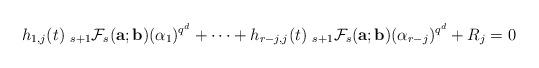
LaTeX: \begin{align*}h_{1,j}(t)~_{s+1}\mathcal{F}_{s}({\bf a}; {\bf b})(\alpha_1)^{q^d}+\cdots+h_{r-j, j}(t)~_{s+1}\mathcal{F}_{s}({\bf a}; {\bf b})(\alpha_{r-j})^{q^d}+R_j=0\end{align*}